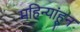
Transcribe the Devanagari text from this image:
महिन्यांहून